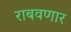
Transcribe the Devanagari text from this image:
राबवणार